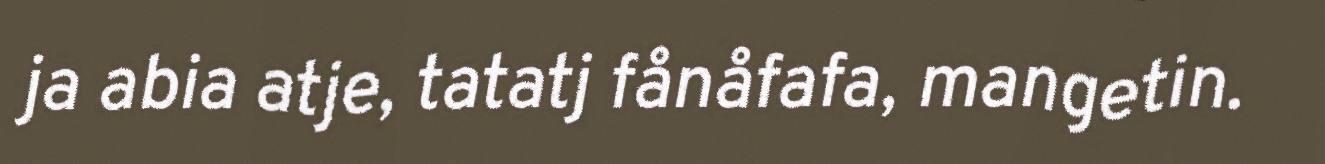
ja abia atje, tatatj fånåfafa, mangetin.